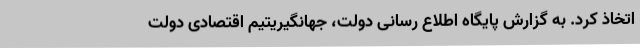
اتخاذ کرد. به گزارش پایگاه اطلاع رسانی دولت، جهانگیریتیم اقتصادی دولت